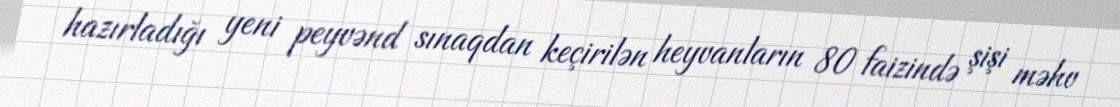
hazırladığı yeni peyvənd sınaqdan keçirilən heyvanların 80 faizində şişi məhv